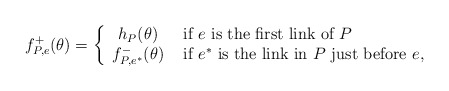
\begin{align*}f_{P,e}^+(\theta)=\left\{\begin{array}{cl}h_P(\theta)&\mbox{ if $e$ is the first link of $P$}\\f_{P,e^*}^-(\theta)& \mbox{ if $e^*$ is the link in $P$ just before $e$,}\end{array}\right.\end{align*}